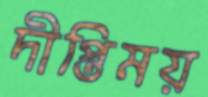
দীপ্তিময়